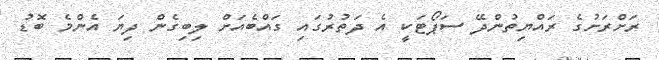
ރަށްރަށުގެ ރައްޔިތުންދޭ ސަޕޯޓަކީ އެ ދަތުރުގައި ގައްބެއަށް ލިބިގެން ދިޔަ އެންމެ ބޮޑު